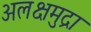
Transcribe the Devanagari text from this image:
अलक्षमुद्रा